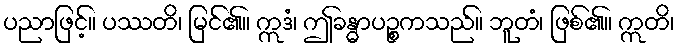
ပညာဖြင့်။ ပဿတိ၊ မြင်၏။ ဣဒံ၊ ဤခန္ဓာပဉ္စကသည်။ ဘူတံ၊ ဖြစ်၏။ ဣတိ၊